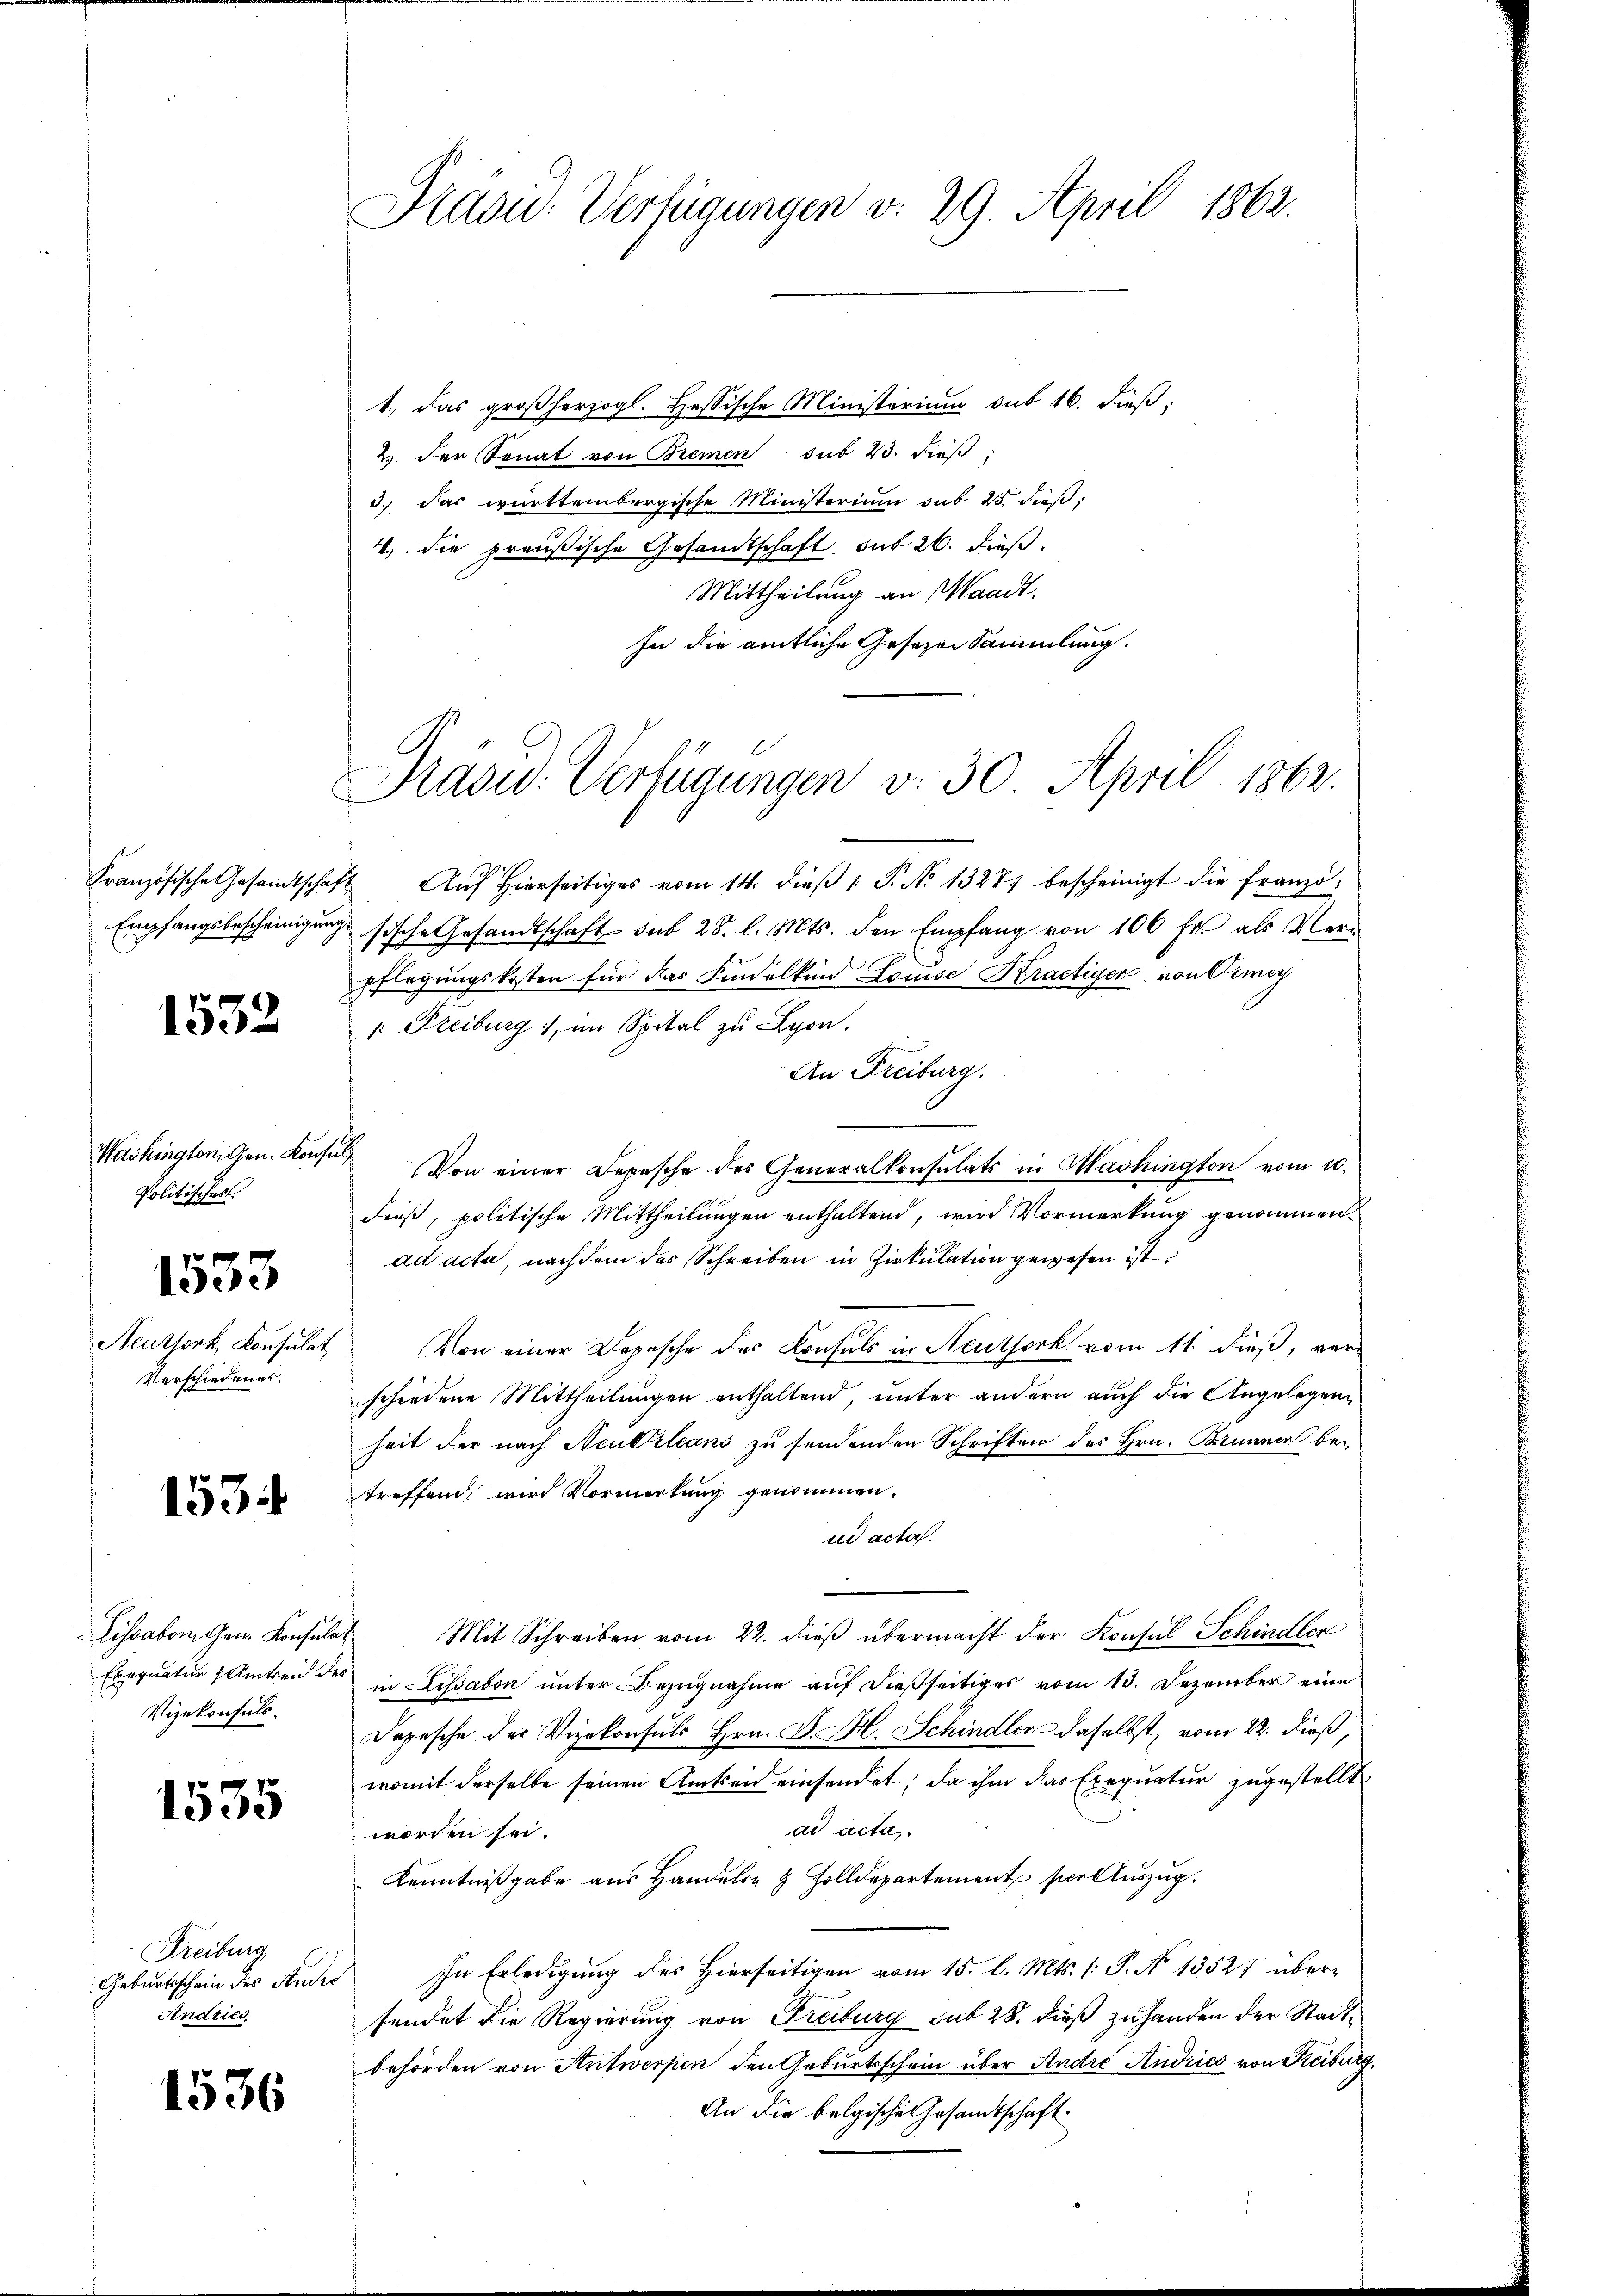
1532

Washingtonigen. Konse
Politisches

1533

Neuthork, Konsulat
Verschiedenes.

1534

Lissabon Gem. Konsulat
Vizekonsuls.

1535

Freiburg
Geburtsschein des Andel
Andries

1536

Präsid. Verfügungen v. 29. April 1862.

1., das großherzogl. Hassische Ministerium sub 16. dieβ,
2 der Senat von Bremen sub 23. dieβ,
3. Das württembergische Ministerium sub 25. dieß:
4.) Die preußische Gesandtschaft mit 26. dieß.
Mittheilung an Waadt.
In die amtliche Gesezen Sammlung.

Präsid. Verfügungen v. 30. April 1862.

Französische Gesandtschaft. Aŭf hierseitiges vom 14. dieβ 1. P. Nr. 13271 bescheinigt die franzö¬
Empfangsbescheinigŭng sische Gesandtschaft sub 28. l. Mts. den Empfang von 100 fr als Ver-
pflegungskosten für das Findelkind Louise Kraetiger von Diag
 Freiburg 1, im Spital zu Lyon.
An Freiburg.
g
Von einer Depesche des Generalkonsulats in Washington vom 10.
dieß, politische Mittheilungen enthaltend, wird Vormerkung genommen.
ad acta, nachdem das Schreiben in Zirkulation gewesen ist
Von einer Depesche des Konsuls in Neuthork vom 11. dieß, verschiedene Mittheilungen enthaltend, unter andern auch die Angelegenheit der nach Neubrleans zu sendenden Schriften des Hrn. Brunner betreffend, wird Vormerkung genommen.
ad acta.
Mit Schreiben vom 22. dieß übermacht der Konsul Schindler
Exequatur Amtseid des in Lissabon unter Bezugnahme auf dießseitiges vom 13. Dezember eine
Depesche der Vizekonsuls Hrn. J. H. Schindler daselbst, vom 22. dieß,
womit derselbe seinen Amtsein einsendet, da ihm das Exequatur zugestellt
ad acta.
worden sei.
Kenntnißgabe aus Handels- & Zolldepartement per Auszug.
In Erledigung des Hierseitigen vom 15. l. Mts. (: P. No 1352) übersendet die Regierung von Freiburg sub 28. dieß zuhanden der Stadtbehörden von Antwerpen den Geburtsschein über Andre Andries von Reiburg,
An die belgische Gesandtschaft